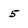
Character: 5